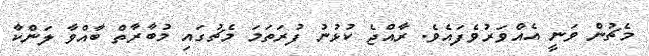
މެޗުން ވަނީ އެއްވަރުވެފައެވެ. ރާއްޖެ ކުޅުނު ފުރަތަމަ މެޗުގައި މުބާރާތް ބާއްވާ ލަންކާ